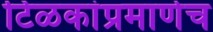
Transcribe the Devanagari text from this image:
टिळकांप्रमाणेच